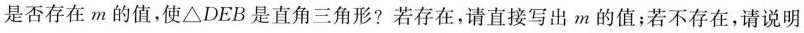
是否存在m的值，使△DEB是直角三角形?若存在，请直接写出m的值；若不存在，请说明